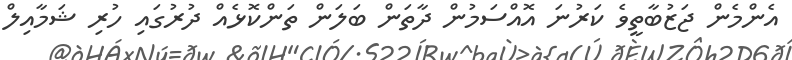
އެންމެން ޖަޒުބާތީވެ ކަރުނަ އޮއްސަމުން ދާތަން ބަލަން ތަންކޮޅެއް ދުރުގައި ހުރި ޝަމާއިލް